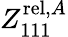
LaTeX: Z_{111}^{\mathrm{rel},A}